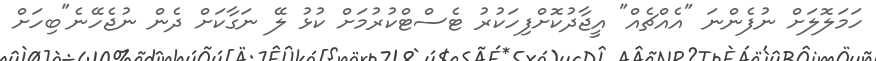
ހަމަލޮލަށް ނުފެންނަ "އެއްޗެއް" އީޖާދުކޮށްފިހަކުރު ޓެސްޓްކުރުމަށް ކުޅު ލޭ ނަގާކަށް ދެން ނުޖެހޭނެ"ބިހަށް